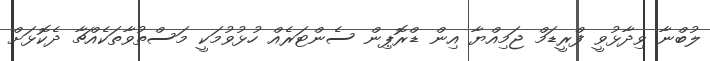
ލުބްނާ ވިދާޅުވީ ފްރީޑަމް ޖަމިއްޔާ އިން ޑްރޮޕިން ސެންޓަރެއް ހުޅުވުމަކީ މަސްތުވާތަކެއްޗާ ދެކޮޅަށް